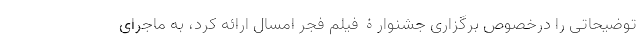
توضیحاتی را درخصوص برگزاری جشنوارۀ فیلم فجر امسال ارائه کرد، به ماجرای